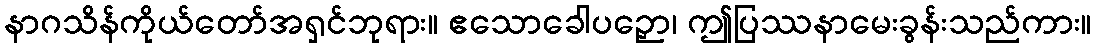
နာဂသိန်ကိုယ်တော်အရှင်ဘုရား။ ဧသောခေါပဉှော၊ ဤပြဿနာမေးခွန်းသည်ကား။